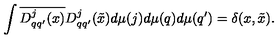
\int \overline { { D _ { q q ^ { \prime } } ^ { j } ( x ) } } D _ { q q ^ { \prime } } ^ { j } ( \tilde { x } ) d \mu ( j ) d \mu ( q ) d \mu ( q ^ { \prime } ) = \delta ( x , \tilde { x } ) .